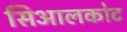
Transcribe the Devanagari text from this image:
सिआलकोट